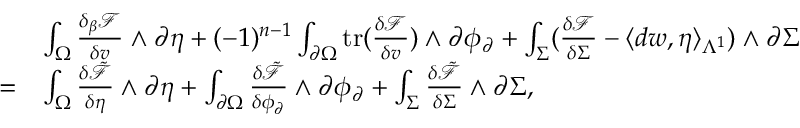
\begin{array} { r l } & { \int _ { \Omega } \frac { \delta _ { \beta } \mathcal { F } } { \delta v } \wedge \partial \eta + ( - 1 ) ^ { n - 1 } \int _ { \partial \Omega } \mathrm { t r } ( \frac { \delta \mathcal { F } } { \delta v } ) \wedge \partial \phi _ { \partial } + \int _ { \Sigma } ( \frac { \delta \mathcal { F } } { \delta \Sigma } - \langle d w , \eta \rangle _ { \Lambda ^ { 1 } } ) \wedge \partial \Sigma } \\ { = } & { \int _ { \Omega } \frac { \delta \tilde { \mathcal { F } } } { \delta \eta } \wedge \partial \eta + \int _ { \partial \Omega } \frac { \delta \tilde { \mathcal { F } } } { \delta \phi _ { \partial } } \wedge \partial \phi _ { \partial } + \int _ { \Sigma } \frac { \delta \tilde { \mathcal { F } } } { \delta \Sigma } \wedge \partial \Sigma , } \end{array}